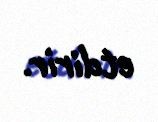
etdirir.